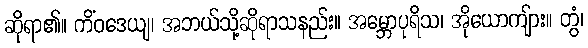
ဆိုရာ၏။ ကိံဝဒေယျ၊ အဘယ်သို့ဆိုရာသနည်း။ အမ္ဘောပုရိသ၊ အိုယောကျ်ား။ တွံ၊